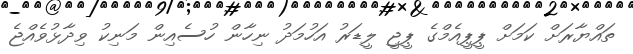
ތައްޔާރަށް ކަމަށް ޕީޕީއެމްގެ ޕީޖީ ލީޑަރު އަހުމަދު ނިހާން ހުސެއިން މަނިކު ވިދާޅުވެއްޖެ